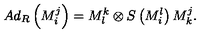
A d _ { R } \left( M _ { i } ^ { j } \right) = M _ { l } ^ { k } \otimes S \left( M _ { i } ^ { l } \right) M _ { k } ^ { j } .